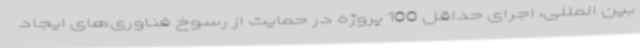
بین المللی، اجرای حداقل 100 پروژه در حمایت از رسوخ فناوری‌های ایجاد